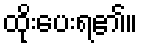
ထိုးပေးရ၏။